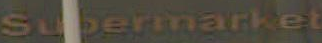
Supermarket